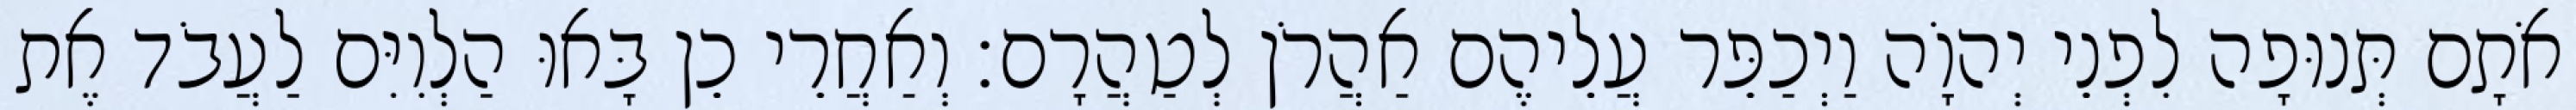
אֹתָם תְּנוּפָה לִפְנֵי יְהוָֹה וַיְכַפֵּר עֲלֵיהֶם אַהֲרֹן לְטַהֲרָם׃ וְאַחֲרֵי כֵן בָּאוּ הַלְוִיִּם לַעֲבֹד אֶת